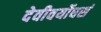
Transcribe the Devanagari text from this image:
देवीवर्योधसं